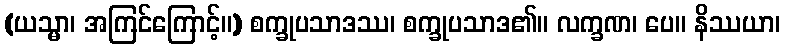
(ယသ္မာ၊ အကြင်ကြောင့်။) စက္ခုပသာဒဿ၊ စက္ခုပသာဒ၏။ လက္ခဏ၊ ပေ။ နိဿယာ၊